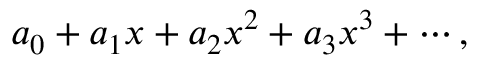
a _ { 0 } + a _ { 1 } x + a _ { 2 } x ^ { 2 } + a _ { 3 } x ^ { 3 } + \cdots ,